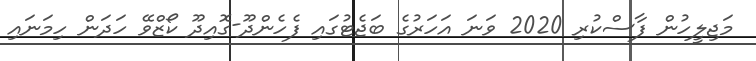
މަޖިލީހުން ފާސްކުރި 2020 ވަނަ އަހަރުގެ ބަޖެޓުގައި ފެހެންދޫ-ގޮއިދޫ ކޯޒްވޭ ހަދަން ހިމަނައި